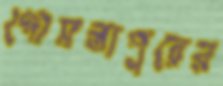
গোমস্তাপুরের